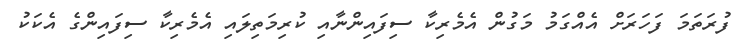
ފުރަތަމަ ފަހަރަށް އެއްގަމު މަގުން އެމެރިކާ ސިފައިންނާއި ކުރިމަތިލައި އެމެރިކާ ސިފައިންގެ އެކަކު